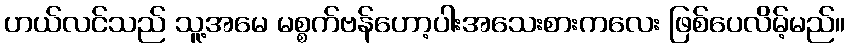
ဟယ်လင်သည် သူ့အမေ မစ္စက်ဗန်ဟော့ပါးအသေးစားကလေး ဖြစ်ပေလိမ့်မည်။